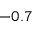
- 0 . 7